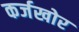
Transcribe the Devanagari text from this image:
कर्जखोर